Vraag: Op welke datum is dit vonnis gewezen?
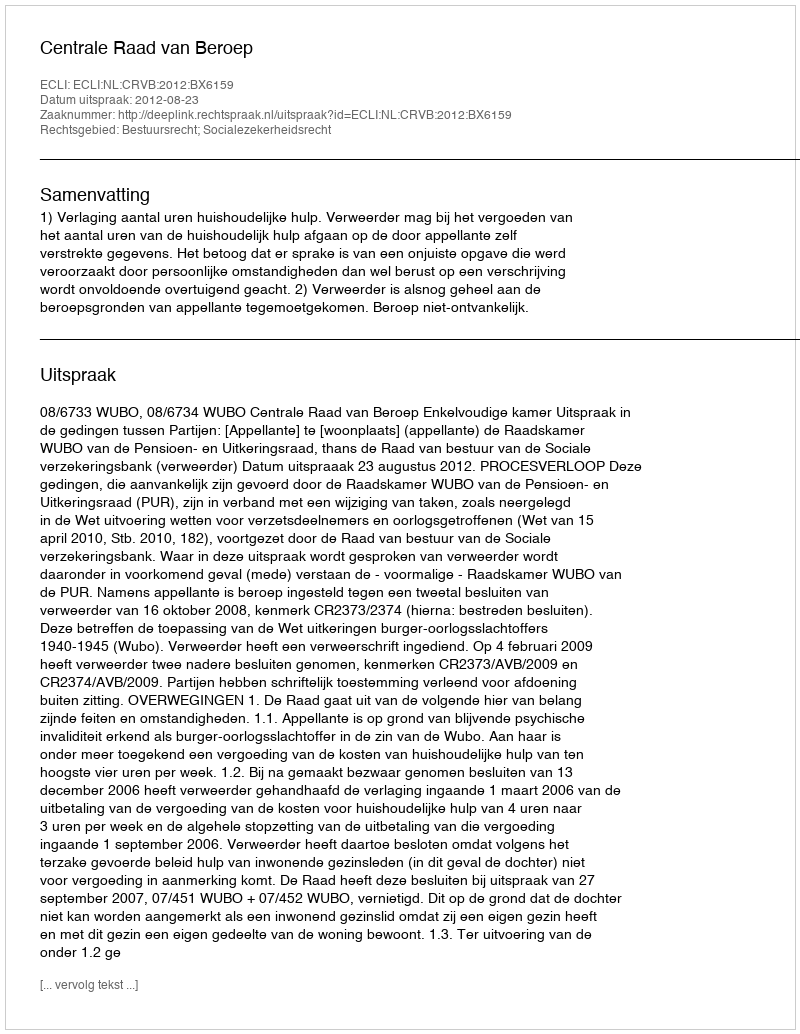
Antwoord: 2012-08-23